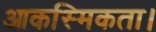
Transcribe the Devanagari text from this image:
आकस्मिकता।